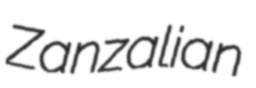
Zanzalian